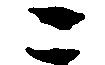
こ